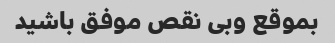
بموقع وبی نقص موفق باشید